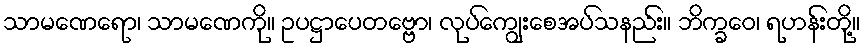
သာမဏေရော၊ သာမဏေကို။ ဥပဋ္ဌာပေတဗ္ဗော၊ လုပ်ကျွေးစေအပ်သနည်း။ ဘိက္ခဝေ၊ ရဟန်းတို့။